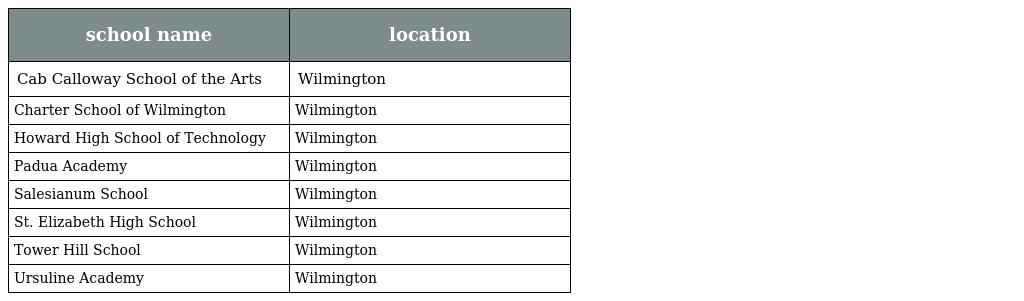
| school name | location |
 | --- | --- |
 | Cab Calloway School of the Arts | Wilmington |
 | Charter School of Wilmington | Wilmington |
 | Howard High School of Technology | Wilmington |
 | Padua Academy | Wilmington |
 | Salesianum School | Wilmington |
 | St. Elizabeth High School | Wilmington |
 | Tower Hill School | Wilmington |
 | Ursuline Academy | Wilmington |